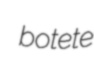
botete